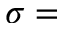
\sigma =